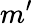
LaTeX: m^{\prime}